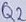
Text: Q2